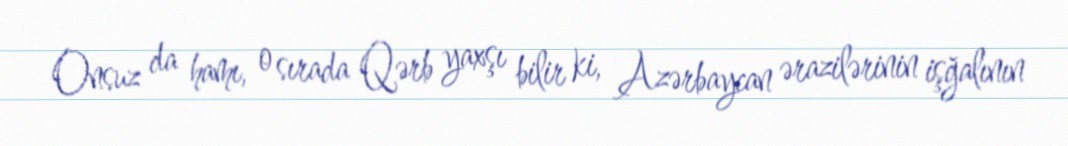
Onsuz da hamı, o sırada Qərb yaxşı bilir ki, Azərbaycan ərazilərinin işğalının